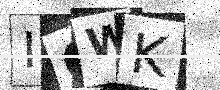
Text: IQWK